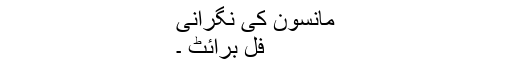
مانسون کی نگرانی
فل برائٹ ۔